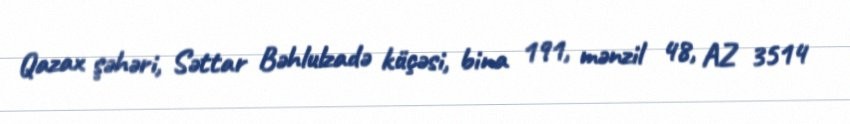
Qazax şəhəri, Səttar Bəhlulzadə küçəsi, bina 191, mənzil 48, AZ 3514